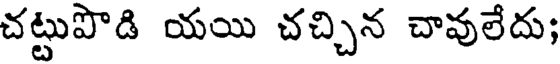
చట్టుపొడి యయి చచ్చిన చావులేదు;